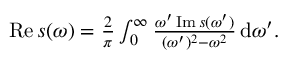
\begin{array} { r } { \operatorname { R e } s ( \omega ) = \frac { 2 } { \pi } \int _ { 0 } ^ { \infty } \frac { \omega ^ { \prime } \operatorname { I m } s ( \omega ^ { \prime } ) } { ( \omega ^ { \prime } ) ^ { 2 } - \omega ^ { 2 } } \, \mathrm { d } \omega ^ { \prime } . } \end{array}